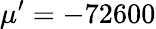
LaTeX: \mu^{\prime}=-72600